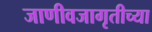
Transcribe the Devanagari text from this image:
जाणीवजागृतीच्या